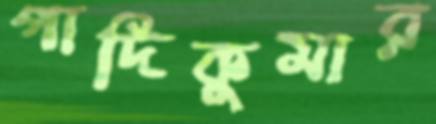
পাদিকুমার